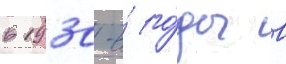
в 1930-е́ го́ды в